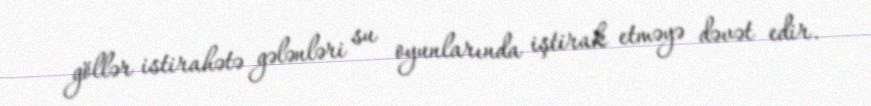
göllər istirahətə gələnləri su oyunlarında iştirak etməyə dəvət edir.